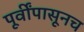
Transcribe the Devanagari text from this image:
पूर्वींपासूनच